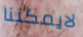
لايمكننا